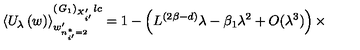
\left\langle U _ { \lambda } \left( w \right) \right\rangle _ { w _ { n _ { i ^ { \prime } } ^ { * } = 2 } ^ { \prime } } ^ { \left( { \it G } _ { 1 } \right) _ { X _ { i ^ { \prime } } ^ { \prime } } l c } = 1 - \left( L ^ { ( 2 \beta - d ) } \lambda - \beta _ { 1 } \lambda ^ { 2 } + O ( \lambda ^ { 3 } ) \right) \times